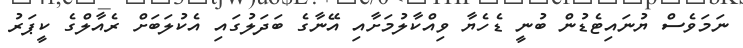
ނަމަވެސް ޔުނައިޓެޑުން ބުނީ ޑެހެޔާ ވިއްކާލުމަށާއި އޭނާގެ ބަދަލުގައި އެކުލަބަށް ރެއާލްގެ ކީޕަރު